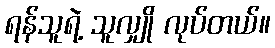
ရန်သူရဲ့ သူလျှို လုပ်တယ်။